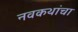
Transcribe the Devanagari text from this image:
नवकथांचा